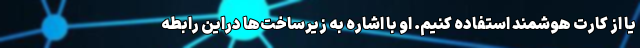
یا از کارت هوشمند استفاده کنیم. او با اشاره به زیرساخت‌ها دراین رابطه